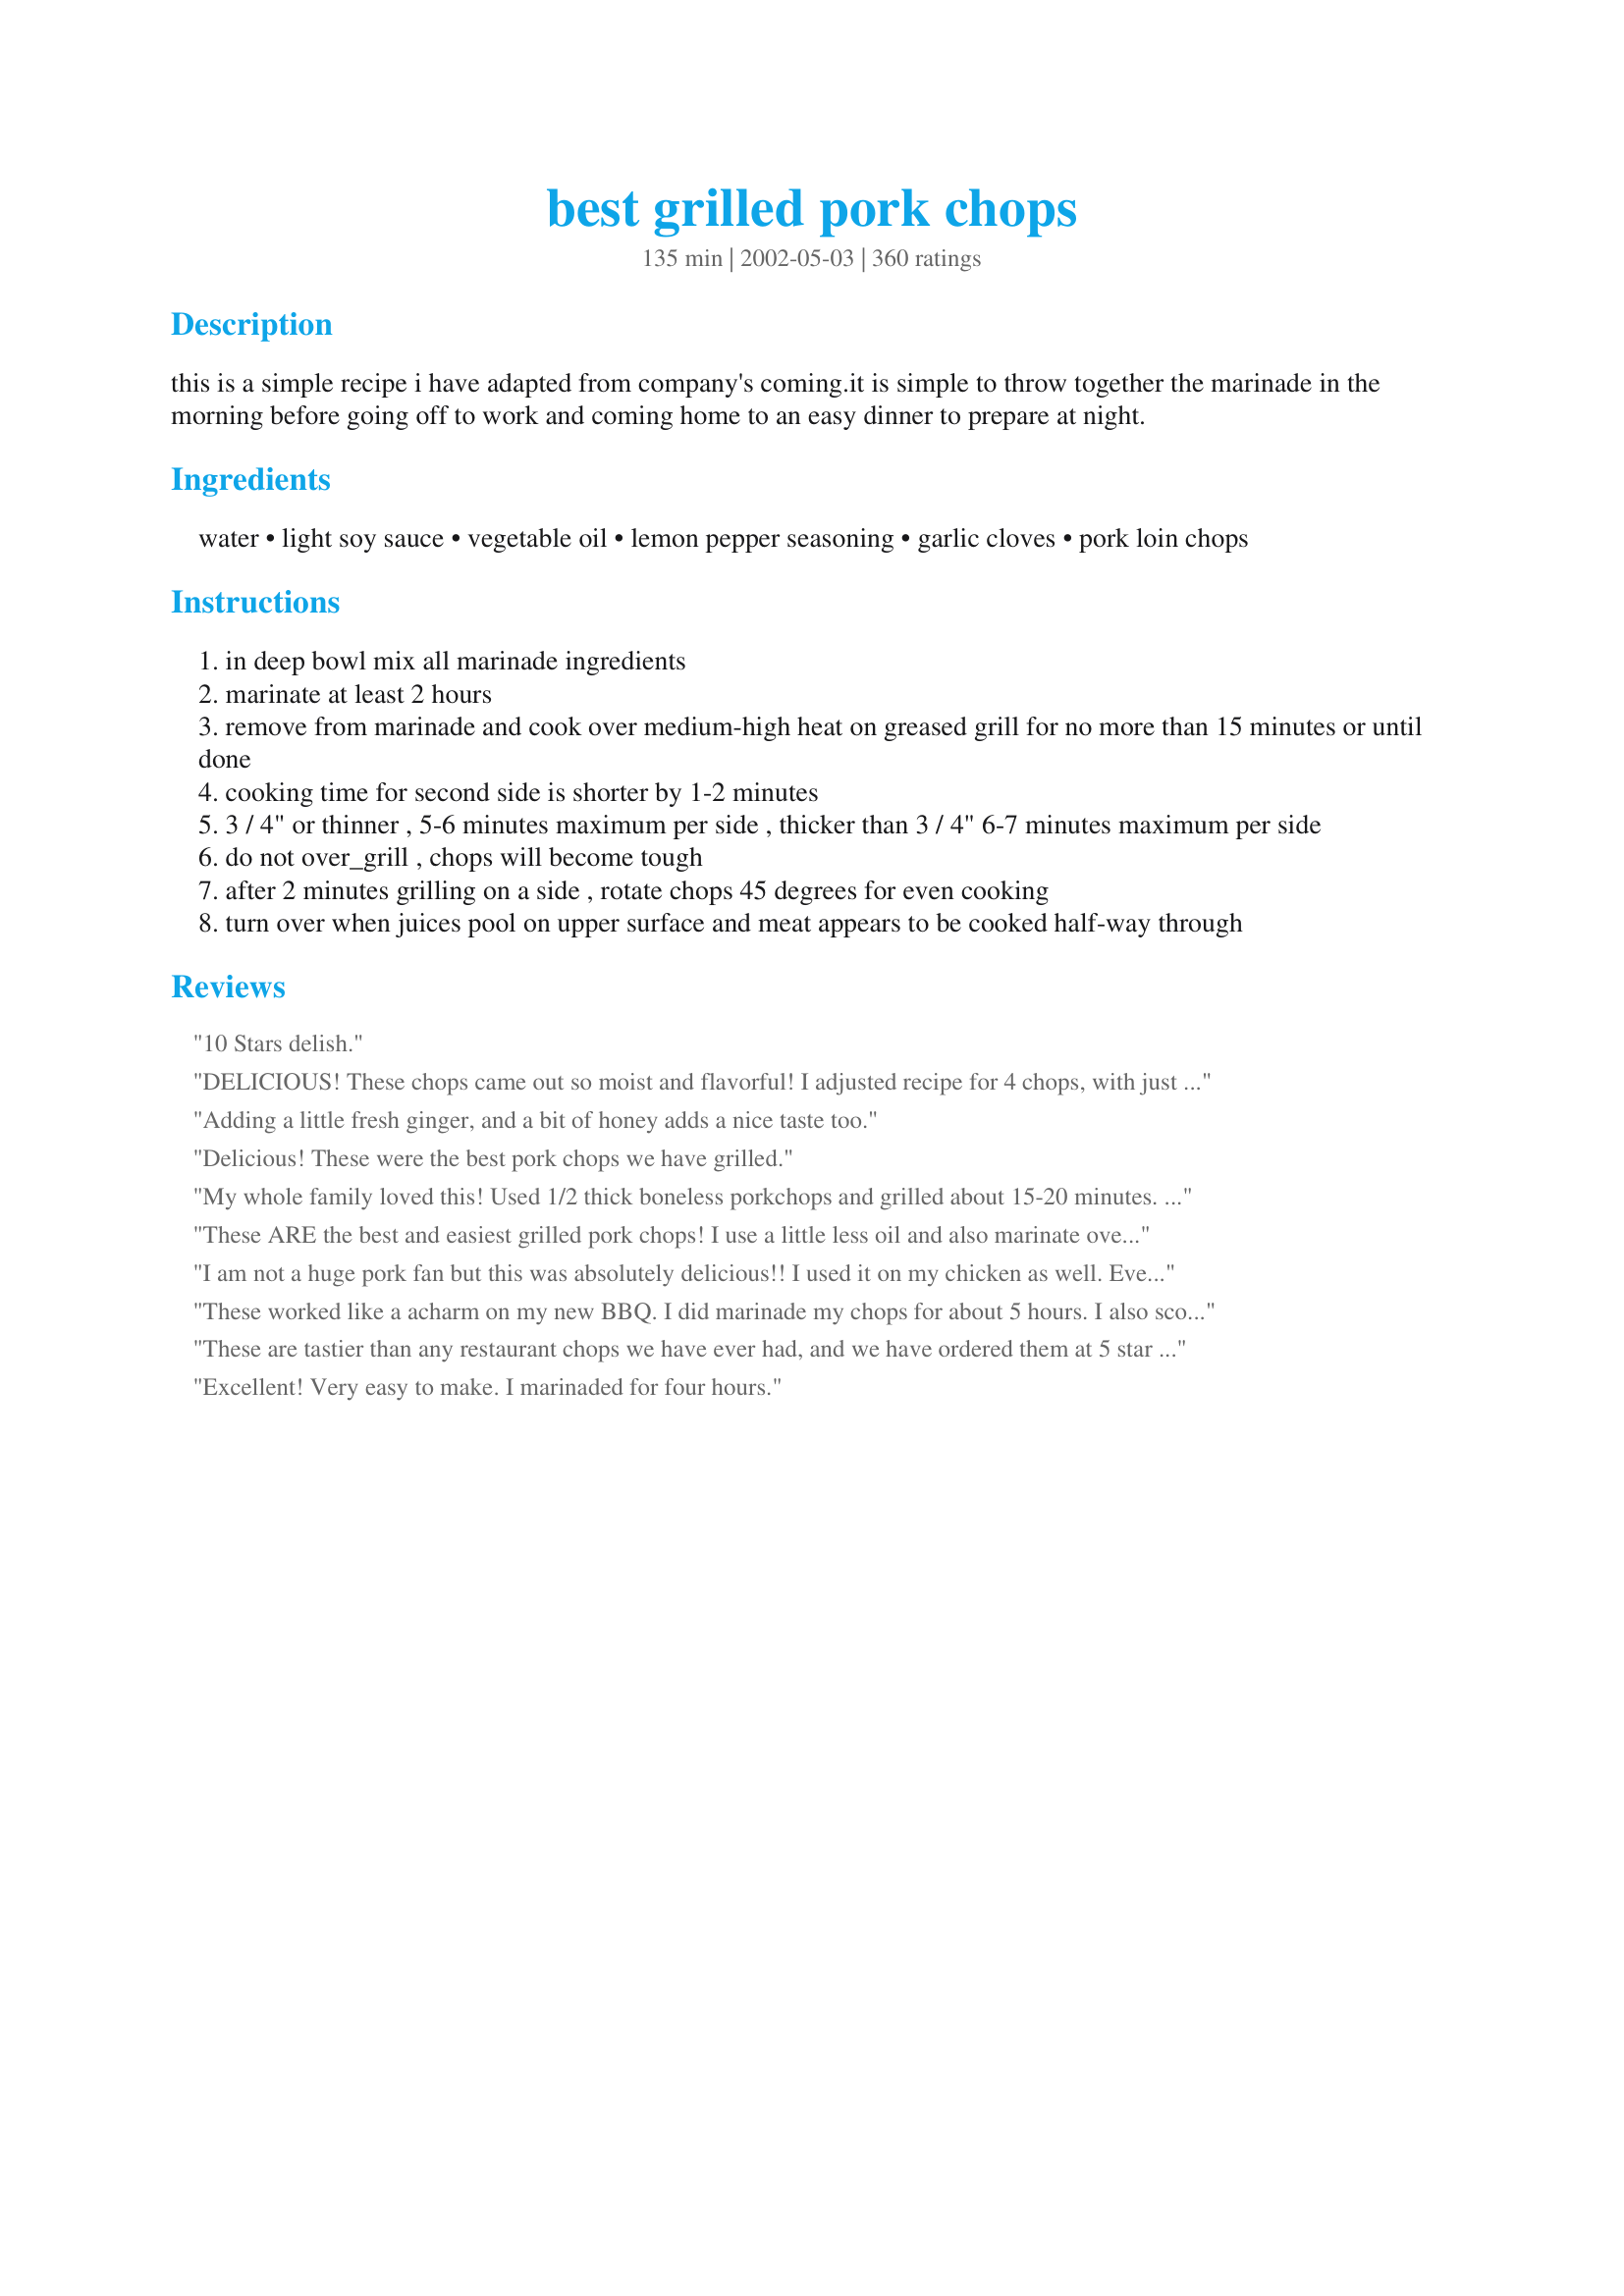
best grilled pork chops
Preparation time: 135 minutes

this is a simple recipe i have adapted from company's coming.it is simple to throw together the marinade in the morning before going off to work and coming home to an easy dinner to prepare at night.

Ingredients:
water, light soy sauce, vegetable oil, lemon pepper seasoning, garlic cloves, pork loin chops

Steps:
in deep bowl mix all marinade ingredients
marinate at least 2 hours
remove from marinade and cook over medium-high heat on greased grill for no more than 15 minutes or until done
cooking time for second side is shorter by 1-2 minutes
3 / 4" or thinner , 5-6 minutes maximum per side , thicker than 3 / 4" 6-7 minutes maximum per side
do not over_grill , chops will become tough
after 2 minutes grilling on a side , rotate chops 45 degrees for even cooking
turn over when juices pool on upper surface and meat appears to be cooked half-way through

Reviews:
10 Stars delish.
DELICIOUS! These chops came out so moist and flavorful! I adjusted recipe for 4 chops, with just 1 Tablespoon of oil and marinated all day. Leftovers were frozen and then made into sandwiches the following weekend and they were great, too! Thank you for a great recipe!!!
Adding a little fresh ginger, and a bit of honey adds a nice taste too.
Delicious! These were the best pork chops we have grilled.
My whole family loved this! Used 1/2 thick boneless porkchops and grilled about 15-20 minutes. My husband compared them to the strip steaks w/marinade we have as a treat and definitely looks forward to having pork chops on the grill again. thanks..
These ARE the best and easiest grilled pork chops! I use a little less oil and also marinate overnight. Thanks Kate.
I am not a huge pork fan but this was absolutely delicious!! I used it on my chicken as well. Everyone loved it. VERY GOOD!! Thank you. Will make again, and again, and again. :)
These worked like a acharm on my new BBQ. I did marinade my chops for about 5 hours. I also scored them before putting them in the marinade. A couple fresh veggies and a glass or two of good red wine and we had ourselves a terrific dinner. Thanks for posting this Kate
These are tastier than any restaurant chops we have ever had, and we have ordered them at 5 star restaurants! They are juicy and flavorful, makes you wonder why we don't eat more pork! Thanks for sharing. I did not have lemon pepper seasoning on hand, so I used pepper and lemon zest.
Excellent! Very easy to make. I marinaded for four hours.
I do not usually like pork chops because they are so dry. These were absolutely marvelous. The marinade on these made them so very moist. I did marinade the chops for about four hours. My teenaged son thought that they were wonderful. That is quite a compliment.
This was a great recipe, I rarely comment but will use this recipe again
Tried this out this weekend and me and a friend of mine loved them so much, we ate all 7 chops! Very easy to make. A glitch in the plan caused me to have to marinate them for about 5 hours, but it turned out great! Thanks for the recipe!
I started making the marinate early in the morning blending every thing together in a pyrex bowl,then added 2 bonless pork chops on top of the mixture. Then flipped them over making sure I had garlic coated on both sides letting them set in the mixture for about 9 hours! <br/> I added a little more lemon pepper than was called for along with the garlic and soy sauce added a little zip to the marinate. Other than the little extra pepper followed the instructions. I wish I had taken pic's like I usually do, but the NCAA games were getting ready to start. So I skipped the photo opt. Anyway they tasted as good as the looked with the grill marks and a little bark on the edges! I'll make this again, just make sure you give the marinate enough time to work with what ever you grilling,the longer the better.
I could see where this would be TOO salty for some. But I used light soy sauce like stated, and SALT FREE mrs. Dash lemon pepper and it was EXCELLENT!

 My upstairs neighbor was asking what I was cooking because it smelled SO good. Im on my second time making this, and it wont be my last! Thanks!
These were good. I made changes based on other reviews. I didn't use any water, cut back a bit on the oil, and only used 1 heaping tablespoon of the lemon/pepper. The flavor was good, but not overpowering. For us, 3 tbls would have been way too much. But we did like the combo of soy, lemon/pepper and garlic. Thanks for any easy, tasty pork chop.
This was the best tasting pork chops I have ever tasted in my life! The lemon pepper was perfect! I used only a tablespoon of oil, but it didn't take away any flavor! This marinade was used for 8 pork chops, and I marinaded them for quite a while actually (we were going to have them for lunch, but then we had them for dinner instead) So, they were in the fridge for about 6 or 7 hours! The pork chops were tender and full of flavor--everyone loved them. They thought it was cool not to need ketchup...We will be having this again-hopefully soon! Thank you for sharing!
I let the pork chops marinate about 8 hours before grilling. WOW, what a wonderful flavor!!! The combination of ingredients were perfect. Thank you so much!

Everyone loved these pork chops!!!!!!
The name says it all...these are the Best Grilled Pork Chops I've ever had! I used the full marinade for 3 boneless (thick cut) pork loin chops. These beauties grilled up so plump and juicy...full of flavor! I used Recipe #1590 . I would highly recommend making your own Lemon Pepper Seasoning Mix as I found the fresh grated lemon to add to the flavor and aroma of this awesome dish! Lastly, I used leftover marinade (boiled to reduce cross contamination) to baste the chops. Wonderful recipe which will be enjoyed many times during this grilling season (and beyond)!
I've never had pork loin chops so tender! We marinated the pork for almost five hours. This was a definite winner!! Thank you. This is one of those recipes that I can't wait to tell my family & friends about.
These are wonderful. I usually marinate center cut pork chops overnite. Everyone I have made them for loves them.
These were absolutely great. Simple and delicious. I'm sure we'll have them again and again.
These porkchops were the star of our labor day barbeque. It even outshined the ribeye steaks that my husband is know for. Thanks for sharing!!
This was fantastic, and so easy! Had all the ingredients in my kitchen. 13 year old had seconds she loved them so much!
Delish! Mine were a little too salty, but I don't know why. They were moist, flavorful and done perfectly otherwise! I used garlic powder because that's what I have. Great recipe!
Wonderful pork. I marinated for 6 hrs. and then cooked as directed. Turned out great and served with vegetable kabobs and grilled packet potatoes. DH loved this meal.
I used low sodium soy sauce, and fresh lemon and fresh ground black pepper in place of the lemon pepper. Very good!
Amazing! DH asks for them at least once a week!
Marinated for just 3 hours, and they were delicious! Quick and easy to put together for a busy night!
My family really enjoyed these pork chops. We served them with Creamy Loaded Mashed Potatoes (recipe #403764) and grilled asparagus. They were very simple to prepare. Thanks!
Hey Kate, I tried these today and they turned out wonderfully. Lovely flavour. Thanks for yet another great recipe.
Its getting extremely warm where i live and my partner and i wanted to find a good recipe for grilling pork chops to minimize the heat comming out of our kitchen. However we didnt find a good recipe...we found a GREAT recipe!!!!!!!! The marinade was soooo easy and even more delicious! We made them last night for dinner and had some unexpected freinds over and they were such a hit!!! We are using the marinade for bbq chicken breast tonight because it was that good! The only i did different was substitute olive oil for vegetable oil.
WOW!!! These are so GOOD. I cooked these on my griddle and they came out soooo moist. Next time I will only use 2 TBS of lemon pepper seasoning instead of 3. We're eating the leftovers tonight in a salad. Thank you for posting this is so easy and so delicious! I will be making these over and over again. :D
the combination of the lemon-pepper seasoning and the soy sauce was a little salty (but did not dry out the meat - it was delicious) so, i whisked together 1/3 cup applesauce and 1/4 cup apricot preserves and was the perfect sweet & savory pork! i will keep it the same and make the sauce again!
I prepeared a COSTCO package of chops on a Sunday and we cooked these all through the week. We found the longer the chops marinated, the better flavor the meat had. We aso tried baking it too- chops came out too soggy. Grilling is def the way to go.
These are GREAT pork chops -- the only way I make them now! I&#039;ve been using this recipe for a few years now and have gotten many compliments. Thanks! Oh, it&#039;s also a great marinade for chicken breasts.
Excellent. Marinated about 4 hours and the chops were very tasty. Nice and easy to do too. Thanks!
This is a great marinade for pork chops.Made everything as stated.
Thanks for the recipe
When I told my husband we&#039;re having pork chops he said I don&#039;t really care for pork chops. He ate this recipe &amp; really liked it. I marinated for 4 hours &amp; it had a really good flavor. He even asked to have it again a month later &amp; he rarely requests anything specific.
100 STARS! Man these were awesome - so moist and so flavorful. I had only 2 tbsp of lemon pepper so also used 1 tbsp lemon & herb seasoning. Also used 4 cloves garlic and had 8 chops with bone. Due to work hour conflicts, they ended up marinading for 5 hours. THE BEST EVER IN MY LIFE!!!
These were great! First time I've made porkchops that were good. I let mine marinate overnight...came out perfect. Thanks for the recipe!!
Loved this marinade....we had a lot of rain the night we were going to make this so we ended up broiling....awesome!
This is my &quot;go to&quot; recipe when I dont know what to make. Wife loves it.
I have cooked these delicious, juicy pork chops about four times. I have lightened up the calories by using 2 tbsp vegetable oil, and 1/2 the soy sauce (less salty), and 1 tbsp lemon pepper and added an extra clove of garlic. This has become my favorite way to cook chops. Thanks for sharing!
Here's another 5 star review. Because you don't have enough of them yet. ;-) It's simple and delicious. I cut back on the oil quite a bit and upped the garlic. I loved the hint of lemon from the lemon pepper. I only used 2 tbsp of the lemon pepper, and that was plenty for us. Thanks for a grill season standard!
This was great! I didn't have any garlic cloves, so I used a tablespoon of garlic powder instead. After marinating for about 3 hours, my husband grilled the pork chops on the gas grill. Mmmmm! Yummy! Will use this again.
Best pork chops I've ever had! I made the marinade just as the recipe detailed and they came out juicy and yummy. For once I was looking forward to leftovers and hubby was disappointed that I got the one leftover chop before he did :). As one reviewer mentioned, my kids didn't even ask for ketchup which is unheard of with my kids! My oldest son wants me to make them again and again and said the edges were the best because of the way they tasted with the marinade grilled into them.
I must have done something wrong, but I checked my steps and each of the spices used and this recipe is the saltiest thing I have ever had. I started reading the bottles closer and Soy Sauce is always salty but I found the #1 ingredient in the &quot;Lemon Pepper Seasoning&quot; was also salt. So for those reasons I had to &quot;Chop&quot; this recipe.
fabulous! I had never grilled pork chops before and was very wary. This was not only really delicious it was sooooo easy. I'm making it again tonight
Wow! I tripled this recipe for Mother's Day (had 10 family members over). Based on reviews, I reduced the amount of lemon pepper seasoning and oil slightly. Otherwise, that was it...and the boneless pork chops came out tender, moist and delicious. Lots of compliments. Thanks for saving the day!
We love this recipe! I use it often, or at least whenever I grill my chops. The flavor is great and they come out nice and juicy :)
Great recipe. I double the light soy sauce and marinate it overnight. Man oh man it is delicious!
This was nommy! Marinated for about 3 hours, followed earlier review by cutting down the amount of oil (we don't eat a lot of oil) and I *really* wanted another one when I was done eating. Unfortunately, they were all gone... =o(
Made these the other night. Followed the recipe exactly. Used Perfect Pinch Lemon Pepper Seasoning. The title is correct. Best Grilled Pork Chops I've ever had. We did it with thick boneless chops, so the cook time was a little longer...<br/><br/>Loved this. A lot. Seriously.
These really were the best pork chops I have eaten !! I have also made this with pork fillet which was equally wonderful. I loved the marinade so much that I didn't want to discard it so what I did was I sauted a sliced onion & some sliced mushrooms for a few minutes, poured over the remaining marinade, boiled for a few more minutes and server it as an additional sauce . OUTSTANDING !!
awesome!! it was a big hit. Love this recipe. I will make it many more times.
my husband loved them!! I made them today!
the best! Only way to describe this recipe! I only marinated for 30 minutes as I was cooking the chops on the same night. they were was moist, not dry...the lemon pepper taste was not overwhelming! the soy sauce was not tooo salty, it was just right!! I will make this recipe again!
We really enjoyed this one! I was out of lemon pepper, so I used lemon juice mixed with seasoned pepper. Marinaded the chops overnight. The flavor was awesome! I'm going to try it with pork tenderloin, and marinate for 48 hrs. Thanks!!
I'll add my kudos to the nearly 200 others! This is a great marinade. Followed it to a "T" and it was juicy, moist and very flavorful--I would have never thought to use the lemon-pepper onpork! Go figure! thanks for posting.
OMG!...This is the best recipe...Very easy...We have always had a problem with dry pork chops...not anymore....my husband said it was the best pork chops he has ever had (at home)....try this recipe you won't be disappointed!
This marinade was delicious! I used thin, bone-in loin chops and they cooked in less than 10 minutes.
We grilled these for dinner tonight and they were absolutely delicious!
These were absolutly delicious. I follow the recipe exactly except I marinated them for about 6 hours prior to grilling. Everyone thought they were outstanding. Thanks so much for the recipe. This is a keeper.
Great marinade. I reduced the oil.Will marinade over night next time. Will be using this recipe again. Thanks Kate.
The pork chops were nice and tender. I marinated them for about 8 hours before grilling them. I did not care for the lemon pepper as part of the marinate though. It was overpowering and It just didn&#039;t taste right with the pork. It might be nice with chicken or fish, but it made the pork taste odd. I will use the base marinate again, but will replace the lemon pepper with something else. I ended up slicing up the pork chops and using them in a rice dish to try and salvage them. It was hard to try and hide the lemon pepper seasoning though.
These truely are the best grilled pork chops. I was a little concerned about the amount of lemon pepper but the marinade was perfect. I marinated the pork overnight and they turned out really moist.
I let it marinate overnight. The taste was good, but the soy sauce overpowered everything else. Perhaps I let them marinate for too long. I will probably try this recipe again, though.

Great recipe!!! Thank you.
Soy sauce was way to over powering.
My mom wanted me to cook something over her house, so I pulled up this recipe and knew by the reviews it would win their hearts, and I would look like a good cook, so I made them up in the morning and brought them over to grill for dinner. My mom was so surprised at the flavor and tenderness of the chops from the grill, and my dad just smiled and said I can make them for him anytime! Now that's a compliment!
best pork chops! the fam loves &#039;em!
These were so good. I was curious about the lemon pepper seasoning, it's not something I use often, but the flavor was so perfect for the grill. I will use this recipe again.
Don't understand all the excitement. Sorry but I say average at best.
Very good, easy marinade. I let five chops sit in this marinade for less than an hour and they still turned out very flavorful.
LOVE IT! I was tired of the same old pork marinades so I tried this because I had all of the indredients on hand. Hubby and son loved it. I have also tried it on a pork tenderloin. Excellent!
BEST EVER! We are a family in Hawaii and are used to grilling a lot. This recipe seemed a little different at first, but we tried it. WHOA! IT WAS ONO! We stayed true to the recipe and didn't change a thing! It went great with grilled veggies from our garden (squash, peppers, onions).<br/><br/>I must pass this recipe amongst grill aficionados around Hawaii! Thank you!
I make this often and it is always a hit. Thanks for sharing!
A good friend surprised me with a week long visit for my birthday. We had no food in the house other than a value pack of pork chops and some baking spuds. Dinner was a HIT! Thanks!
The best pork chops ever!! I was looking for a recipe similar to Texas Road House. These are far better!
This really is one of the best marinades I've ever used for pork chops. I only marinated for about an hour and I cooked them on a stove top grill. Yummy!!
After reading all the reviews, I was excited to use this recipe. I followed exact directions. The only difference was we had 8 pork chops versus 6 in the recipe. The problem is that 3 Tablespoons of lemon pepper seasoning is way way to much. Is this a typo where you mean teaspoon?
Awesome recipe! I followed your recipe exactly. My husband who is VERY pickly raved. Thanks a lot.
I knew this would be a winner when my b/f came in from grilling them and said they smelled fantastic. You can't taste any individual ingredient; altogether they tasted a little like steak. Ours were a little salty. I did use light soy sauce so maybe I will reduce it next time. I also used cut and pounded pork tenderloin instead of loin so that may have made a difference. Next time I will try whisking the marinade more and maybe adding the vegetable oil slowly so it doesn't separate in the marinade bowl.
I absolutely loved this marinade! I am not big on pork chops but you can only eat chicken so many times. The pork chops were very moist and full of flavor. I will use it again and again!
Hooray! I have now foud the BEST chop marinade. We loved this recipe. I used Penzey's Florida seasoning, only using just shy of 2 tablespoons, and let them marinate for about 8 hours. They came out perfect. Thanks for sharing your yummy recipe.
Really good - loads of flavour!
Great flavor. I'm not a fan of pork chops...or lemon/pepper seasoning....or soy sauce but these were so great. You can't really taste any one seasoning by itself. It's just a nice blend of it all. My DH overcooked mine a bit since I had the thinner chop but I stole some of his which was just perfect. We used boneless chops. Thanks for a great recipe.
Excellent! I followed the recipe exactly and marinated 5 boneless thick chops for about 5 hours. Everyone agreed they were moist and full of flavor. Will definately make these again.
Yum!!! What a great marinade! We marinated our chops for about 2 1/2 hours and I think that was the MINIMUM you would want - more flavor would have been even better!
Very simple and easy recipe. Turned out moist and flavorful. Thanks for posting!
These were awesome, my husband agrees, he normally finds pork chops dry. They were so moisst and cooked to perfection. I marinated about 6 hours in total. I will definately be making these again and again....Thank you for a keeper recipe
These were very good. The whole family enjoyed and we even warmed the leftovers up in the microwave the next day and they were just as good. Good and easy...I like easy. Put in marinade in the morning and grilled at night. Served with a simple salad and rice. Brought to room temp before throwing on the grill. Also did not use bone in chops but nice thick cut chops from Sam's club.
With so many great reviews, I hate to be the one to give it a bad one. But out of my family of six, nobody liked it. One thought it was too salty, one thought it was too peppery, others just didn't like it. Guess this combination just wasn't right for us. Wanted to try something new, because I always just marinade in Dales and A1.
Very easy to prepare. Only marinaded 2 hours and the chops were very tasty.. It's a keeper to make again.
My husband said these were the best pork chops that he ever had!!!Great flavor!!!!
I had high expectations after reading all of the reviews, and we weren't let down. This is a fantastic and easy marinade, which we followed to the T.
Used this recipe over and over. I even had to leave them marinating over night, I was worried they may break down. Not at all. Ideally I will marinate them 4-6 hours. Even took the marinade camping and what a hit, gourmet on the grill.
This was really good! I added worcestershire sauce to the marinade and used less oil
Eliminated the water, added 6 cloves minced garlic marinaded 9 hours prior to grilling. Excellent recipe.
SOOOOOOOOOOOOO GOOOOOD!!!! Made these for my the family and my husband isn't huge a lot of meats. BIG hit tonight :D
great recipe! This was my first marinade for pork chops and everyone loved it.
So simple, yet so good. I didn&#039;t change a thing. The ingredients and measurements were perfect.
Can't believe I've never reviewed this recipe before! I've used it many many many times; its become my go-to pork chop recipe! I've grilled them outside, inside, stove top too, after using this marinade and they always turn out great. It's also a very forgiving recipe for people like me that don't like to measure precisely, but rather just dump in the ziploc. THANKS!
Really good. I used my grill pan on the stovetop and they turned out nicely. I did add a bit of lemon pepper salt while turning them just for some added flavor. So quick and easy for this busy nursing school mom of four!
Amazing!!!! Super easy and tastes great...
Didn&#039;t make any changes to the original ingredients. Thanks, Kate, for posting this recipe. This marinade is so easy to make and delicious!
This was definitely a KEEPER! I don&#039;t like pork chops, but my family raved about the sauce! I actually put some of the sauce on the hamburger I made for myself in lieu of ketchup and that made my hamburger taste phenomal! Wonderful!
The pork chops were fabulous as was the flavor. I used Roasted Garlic & Pepper seasoning rather than the Lemon Pepper seasoning as the hubby doesn't care for lemon pepper. I added more garlic as we love it. Also, I marinated the chops for about 4 hours which really let the flavor come through. Thank you Kate for sharing. Katherine
Sooooo delicious! The photos speak a thousand words. Definitely a must-try if you enjoy outdoor grilling.
I CANNOT believe that this recipe got so many good reviews. Tried it tonight, 4 people, all 4 (including myself) thought that the lemom pepper seasoning over powdered the taste of the pork. One tablesoon would have been plently.<br/><br/>Pretty sure I won't be making these again. Sorry!
This were so delicious! Everyone loved them.
Having tried grilling pork chops before and always having them turn out rather dry I tried this recipe thinking if this didn&#039;t work, no more pork chops on the grill for me! These are fabulous! I marinated them all day in a ziploc bag, just turning the bag, no muss, no fuss! The pork chops took very little time to grill, 5 minutes then turn 45 degrees, turned them over after a total of 7 minutes, grilled them 3 minutes on the other side....PERFECT!!
My go to recipe for pork chops !!!!!! Quick easy and delicious...I usually marinate for 3-4 hrs, but when pressed for time 30 min is fine. Great recipe THANKS
The chops turned out sooo tender. Thanks for the timing tips. I didn't have light soy sauce so I used half each of regular soy & half low sodium. Used McCormick's lemon & pepper seasoning but only 2 1/2 tablespons cuz I ran out of it. For some reason this tasted too salty for me...and I love salt. Also had to double the ingredients to smother the chops. I will try this again using light soy sauce.
This marinade is awesome! I kept them in the frig for about 8 hours before grilling. I also had 4 extra which I gave to my brother two days later and he loved them!

Update - we have been using this marinade for quite some time for chops. Yesterday we marinated a pork loin and grilled it on our rotisserie - outstanding!!! The pork was so tender and juicy - even better than the chops.
Im giving 5 stars for two things: 1, the chops were great, nice and tender, but as in Grayberts review, the flavor could have been a little stronger. and 2, the INSTRUCTIONS on cooking the chops was so detailed, i doubt i could have messed them up. this is the technique i now use for all my grilled chops, and they all come out perfeclty! thanks!
Throwing my rating into the ring, however, it obviously doesn't need it! EXCELLENT grilled pork! I loved the flavor and even the marinade smelled amazing before cooking. I found it a bit too salty for my tastes (but I'm not a huge fan of salty anything). My husband is a salt fiend and found it to be the perfect amount of salt. I will probably cut the lemon pepper next time to see if that cuts the saltiness. I used low sodium soy sauce and increased the garlic to 4 cloves. I had a lot of marinade left over. May reduce the oil next time as well. My husband gave this 5 and I gave it 4.5 so 5 stars it is!! Great recipe! This says a lot since my husband just barely tolerates pork but loved this!! I may take another reviewers suggestion and add honey next time too. I bet that would be delicious as well. Thank you!
Not that this needed any more great reviews but, yes!, we really enjoyed these and will be making them again. The marinade was simple to do and very tasty. The grilling instructions and times were spot-on. Thanks.
Easy and tasty. Next time, I'll marinade overnight. Two hours just gave a hint of flavor.
Easy, economical and moist chops! yum!
What an easy simple yet delicious recipe. The meat was so tender and flavorful. I marinated for just over 2 hours. We loved it.!
I was happy that this recipe called for the light soy sauce. We loved these chops!
These were delicious! I used Mrs. Dash Lemon Pepper which gave the marinade a wonderful flavor without added salt. I marinated the chops in a ziplock bag for about 8 hours before grilling. Thank you for the great recipe!
I'm another convert...this was awesome! Since grilling season started we've eaten a lot of chicken and beef, and I wanted something different. I don't normally like grilled pork chops because they are often tough and dry. With so many reviews saying these were moist and tender I figured all of you must be right, and boy were you! The other nice thing is this is a marinade you can make substitutions to and it still tastes great. I only had regular soy sauce and thought I had lemon pepper seasoning, but it was garlic pepper, so I added a squeeze of lime juice. I also only had garlic powder and 1 hour to marinate. None of this seemed to matter...even picky BF kept raving about the taste and he was very skeptical when he saw me making it. Also, the cooking times for different thicknesses are a real help. My bone-in loin chops we're about 3/4 to 1&quot; and 6 minutes per side made them perfectly moist and tender. Iserved them with rice-a-roni and fried corn. Can't wait to get the right ingredients, because I do have to try it as written!
EASY. That's the way I would describe these chops. Being 7 months pregnant and having a toddler running around, that's the most important thing to me right now! lol These turned out really great and even I like them, which is saying alot since I'm not a bit pork chop fan. We ended up marinating them overnight, but even then, the marinade didn't overpower the meat, which is what I was afraid of. Will definately make this one again! Thanks!
BEST recipe for pork chop I&#039;ve ever seen. I have tried some many pork chop recipes from other websites and none of them are as good as this one. The pork is soooo juicy. This is a keeper.
Was expecting a little more. They were good but not the "best."
I hope I don't defend anyone, but my opinion is totally opposite. It may be my own fault, but I found them very very salty. I did marinade for 2-2.5 hrs, but I didn't have any &quot;light&quot; soy sauce; just regular. Maybe that is the problem? I didn't think it would make a whole lot of difference but maybe it does. I also grilled them on the barbecue. We couldn't eat them they were that salty! In the garbage and off to the drive thru at McDonalds.
So easy and so good!
I bought some beautiful thick pork chops today and thought that I would try this marinade. I did reduce the lemon pepper seasoning to 1 1/2 tbsp and the garlic to just 1 clove as my kids don't like things with too much spice.These chops were so juicy, tender and delicious! We absolutely loved this recipe so thanks for sharing!
I've made this recipe twice now and just realized I neglected to rate it...This definitely gets 5 stars because it is easy, economical, fast, uses common ingredients and is delicious. I followed the recipe exactly each time and marinated my 1" bone-in chops about 3 hours. My DH and 3 teen-aged boys just rave about it each time. This recipe does create a very moist and flavorful pork chop. My chops were about 1" inch thick. I have a Webber gas grill and I set it on High-Low-High first: when it is hottest at this temp I sear the chops for 3 minutes, after which I reduce the heat to Medium-Off-Medium and turn the meat to continue to cook for another 15 minutes or so. (I usually cut into a chop to make sure it is no longer pink). This recipe is a keeper...thanks so much for posting it!
AMAZING!!! I really don't leave comments but this is just one that I CAN NOT pass by!!! this is def. a keeper!!! I did how ever change it a little cause I didn't have garlic or soy sauce... so I used Garlic powder and teriyaki sauce and it was SOOOO GOOD!! thanks once again!! =)
These were incredible! My husband said that they were restaurant quality. I used Mrs. Dash lemon pepper and the amount was perfect and tasty. I would not change a single thing in this recipe. EASY..just mix the marinade ingredients into a large ziplock bag, put the pork chops in and leave it in the fridge until it's time to grill. I marinated them in the morning before going to work. When I got home, all I had to do was fire up the grill and make a salad..voila!! *Note - I had bought a pork loin and had the butcher slice into 1 inch chops. I would highly recommend doing this, as the outcome was succulent!*
Outstanding..you really should try this recipe!
WOW! I put frozen chops and marinade in a zipper bag the night before, let them sit in the fridge for a day. The flavor was fabulous, and this recipe couldn't be easier. I'll be making this again! Thanks for sharing it.
As we sat down to eat, I said to my husband, what ya think? He took a bite and tilted his head and said WOW!!! I think that say's it all. Thanks for posting, YUM!!!
The pork chops were really moist and had such great flavor. Even though the pork chops had lots of lemon pepper, my kids didn't comment on it and really devoured theirs. Highly recommend these!
Excellent flavour. Will definitely make this again.
We made these this past weekend and they were fabulous! We aren't huge pork lovers because they always turn out so dry and boring but these were just terrific! Thanks!
Delicious and simple.
I marinated these chops for about 5 hours and they turned out great. This was one of those recipes that I had all the stuff for to make a quick and great marinade. The family really enjoyed these. Thank you!!
Did not even deviate from the recipe at all. Delicious! My wife who does not eat much had 2 pieces! Great job!
Great marinade! I grilled my 1 cm thick pork chops for 6 minutes total brushing the liquid left from marinating on both sides. I used low sodium soy sauce to get the most flavour without over salting the pork chops. Thanks for the recipe.
Chops were really juicey and moist. Marinade was very tasty, but could over power if left in too long. I marinated 2.5 hours and would probably not go longer.
I liked the marinade -- good flavor, even with only a two hour marinade time.

I'm just not a "grilled pork chop" person -- the meat was too tough for my liking. I think pork either needs to be cooked "low and slow" like ribs, or seared and finished in the oven like tenderloin.
(Just my bias and no fault of Kate who put together the marinade!)
Used Ms. Dash Lemon Pepper seasoning and thought the pepper flavor was very overwhelming (I typically like the taste of pepper in my food). May try this recipe again sometime with another brand of seasoning.
I realllly enjoyed these chops. Although, I did not marinate them for two hours, they still turned out delicious. Thanks for the recipe.
To quote my beautiful wife, the best pork chops we&#039;ve ever had! Thank you for the recipe, they were fantastic.
I normally like soy sauce and I love lemons, but didn't care for the combination with the pork chops. However, they were very tender.
I am not sure if it is my lemon pepper or what, but I have made these twice and both times there was zero balance of flavor. Not sure how they get such high reviews, all I could taste was lemon pepper.
Loved these tender delicious chops! I added a little more garlic to mine and cut back on the oil. I also used the marinade to baste on the chops to keep moist while grilling. Worked out great! I marinated for about 8 hours to give the marinade the chance to really do it's thing. Made for delicious tender chops in the process!
Sorry to be the bad apple...but this was not what I was expecting. I prefer strong flavors and this was rather mild. I marinated for 8 hours. I used the thick pork chops from Costco...maybe that was the mistake because it was just too much meat and the flavor did not get all the way through it. The marinade was good though because there was a few small sections on the outside of the chops that had thin meat and that was great. I will try again with thinner pork chops.
Very easy and Very Flavorful! Best for grilled pork chops ever!
Excellent and easy! This tasted a lot more complicated than it was. I marinated it for about 3 hours. I cooked the 1st side for 6 minutes and the other side for 5 minutes and they were done to perfection. I had about 1 inch thick chops that I pounded with my tenderizer to about 3/4' inch. Thanks for posting Kate!
These were great grilled pork chops. They were incredibly moist and delicious tasting. Most important was, my whole family enjoyed them! Very easy to throw together. I marinated mine for about 6 hours and did add a bit more garlic.
Fantastic! I loved it! So easy, and so so so good.

Thanks for sharing!
These were very good. I decided to also use fresh lemon juice, rather than the lemon pepper seasoning, but added pepper. I then totally forgot I had these marinating, and after 2 days, they were dark brown. I bought 2 more chops and put those on the bottom of my container with the overmarinated chops on top. Actually, the ones that had been in there days were delicious!!! 

Thanks, Kate, for a really quick and easy, not to mention wonderful, new recipe.
Just made these, they came out awesome perfect. Lol. That is a great marinade, I used regular soy sauce, didn&#039;t have any light soy sauce, and I used 3 tsp. of garlic powder instead of minced. Didn&#039;t have any garlic around, and in typical guy fashion didn&#039;t wanna go to the store again. Lol. Came out great, roomates loved it, demanding a pork chop night every week now.
awesome flavor and very moist.
I followed the directions as stated. While these did come out moist and flavorful, I had to rinse off the marinade...it was WAYYYYY to salty. I will definitely try these again and work on the flavors a little.
Best pork chops ever...LOVED THEM!
One of my favorite meats to bbq is bone-in pork chops. Loved the lemon pepper it turned a good pork chop into a great one! A simple recipe which will be made often. Thanks!
Awesome! The best chops ever! Thank you for sharing the recipe with the rest!
I followed the recipe exactally and it turned out great! I made the marinade when i got back from grocery shopping, and just poured the marinade over the porkchops in a food saver bag, and put it in the freezer. couldn't have been easier!
thanks for posting!
From boring pork chop to, yay!, a new grilled pork favorite. Easy and always on hand ingredients made these chops moist and juicy!
Fantastic and easy recipe. I marinaded them over night and they were delicious.
Success at last! I have been looking for a grilling recipe that did not dry out the chops. Easy and yummy! I am very impressed. Thanks so much.
I rarely cook pork chops - they always come out dry and tasteless. This recipe, though, changes all of that. Absolutely delicious!
I loved the idea of using lemon pepper for seasoning and thought it suited the pork well, although I would perhaps use a little less of it next time. I marinated my pork chops for 9 hours and found them extremely salty, although I had used low-sodium soy sauce. I would definitely not marinate the pork chops as long next time and I would probably cut down a bit on the soy sauce.
QE456Q
This is my favorite pork chop recipe! It's great with the Roasted Red Potato Wedges
Recipe #85350 and Mediterranean Orzo Salad With Feta Vinaigrette
Recipe #125815. This is the best meal. I've never had anything but compliments on any of these recipes.
I too was concerned about the 3T. lemon pepper as DH doesn't like tons of lemon flavor. I need not have worried - the flavors are perfect with none overpowering the other. Just subtle, wonderful grilled goodness. Our favorite way to have pork chops now!
I made this using two very large pork steaks(1 1/2 lbs) and followed directions exactly as stated. Its was way too peppery for us, we were not able to eat it, due to the overpowering pepper flavor. I think if I cut back to maybe one tablespoon or less of the lemon pepper, this would be a tasty recipe. Thanks for posting this recipe that I will try again but with changes.
These were very good! I marinated them for about 3 hours or so (next time I will do more). I was planning on grilling them, but a huge thunderstorm came through unexpectedly. I ended up baking them at 400 degrees, up on a rack placed on a baking sheet for about 40 minutes (which was just a tad bit too long). They were still fantastic and I can't wait to grill them next time! Thanks.
This recipe makes very tender chops. The flavor is very mild. What a difference to ordinary pork chops, for once you can get a knife through even the thin ones! Thank you, I'll definately make this again!
I can well understand why this recipe has so many wonderful reviews. The recipe was reduced to 2 servings and the chops were in the marinade all day. They were tender, flavored and nicely seasoned. The lemon pepper was reduced considerably. This is a recipe I will make again.
Worst recipe ever. Completely destroyed my chops. Try 3 teaspoons of lemon pepper or less! Listed as 3 tablespoons, wow what a mistake!
Okay...SO good!
Like this needs another review, right? I have missed the way pork chops used to taste- today's chops seem to lack a lot of flavor of the past. But this marinade brought 'em back! It was so simple, too. I added extra garlic and let the chops marinate around 6 hrs. Threw them on the grill and that was it. They were mouth watering. Thanks for this recipe!
This was a very tasty recipe, although not a good choice to make if watching salt intake. I'm a salt lover, and this was almost too salty for me.
This is now my only marinade for chops! Simple and great! Juicy, tender chops. I got the boneless center cut chops from Sams! They were absolutley delicious after only two hours! I can only imagine when I have more time to marinade! Thanks!!
I used this for chops the first time and it was such a good marinade, we used it for a pork loin. It was great too!
I don&#039;t usually like pork chops because they are not tender or moist, but these changed my mind. I loved the marinade.
These chops were AMAZING. Followed the recipe to a "T". Thanks for sharing.
Even though I didn't have a grill I cooked these over stove top and they still came out great. I added 2 more cloves of garlic ( Family pref. )and I must say YUMMY YUMMY YUMMY! I cannot wait to try on chicken or better yet poss. lamb.
I don't know if I'd say this is my favorite pork chop marinade but these were great, very flavorful, everyone liked them so I will definitely make again. Thanks! :)
The family really liked it. Mine were salty because my lemon-pepper seasoning had salt as an ingredient too so caution: check. I smothered my chop in applesauce and the sweet - salty combo was nice. My son said "these asre Asian style" so he noted the soy! I marinated overnight and grilled on a grill pan since it is winter now. Thanks.
This is wonderful. My family ate all of it. I marinated my chops overnight.
Wow! This was the best marinade I have tasted. Could it be used for just about any meat? I had to make a lot of substitutes because, like usual, I'm out of everything. I used olive oil, salt free seasoning and the juice from a fresh lemon. It really made the pork chop taste like a steak! I'll be sharing this recipe with everyone!
Found this recipe when I looking around at pork chop variations. So glad I tried it. Started marinating at 1PM and had them cooking around 7PM. So tender. Nice to find something better than just breaded and baked. Thanks for this one Kate!!
Awesome and easy marinade. I've made this a couple of times for company and even the picky eaters gobbled it up.
Excellent! Thanks for sharing!
The marinade was delicious! I think next time I will marinade for longer than 2 hours though. GREAT marinade, thanks!
These were great!! I marinated the pork chops for 6 hours -- I used regular soy sauce but will use the light next time. I also used Mrs. Dash's Lemon Pepper -- there are more seasonings!! The pork chops were very moist & flavorful!!
I can't believe it's taken me this long to try this recipe! It's fabulous! The flavors are subtle. I marinated my 1/2" pork chops for 4 hours. Since I was out of lemon pepper, I used 3 Tbl. lemon juice and a healthy dose of fresh cracked pepper. I'm going to try this marinade on country ribs next. Thank you for posting.
This makes the best grilled chops we have tasted. It will become my standard recipe. I also added more garlic.Thanks very much for sharing, Kate.
WOW! I can see why this is rated so highly! I had some porkchops to use up and we wanted to grill them but I didn't have a recipe so I did a quick search and came up with this one -- soo yummy! Next time we are going to try stuffing them with Gouda cheese. Thanks for sharing!
Let me tell you why I gave it 5 Stars. I've been searching for a great pork chop recipe for years. So many of the moist chops have soup added. I've outgrown 'soup' based dinners years ago. I saw this recipe with a lot of reviews and a lot of stars, checked the ingredients and I had every single one on hand!! (when does *that* ever happen!?!)<br/>Anyway..I start gathering the ingredients and found I didnt have any Light Soy, so I opted to substitute with Low Sodium Soy, I only had one Tablespoon of Lemon Pepper, so I used what I had and added a nice healthy squeeze of a real lemon juice and a bit of cracked pepper and then a pinch of thyme....the plot thickens, as I was also out of garlic (cant tell you how ironic that is for this house! LOL)...so I substituted with garlic powder. And THATS why this recipe gets 5 stars...it was STILL delicious!! It was sooo forgiving of my substitutions, that I KNOW when I make this next time [following the recipe] its going to be wildly awesome. Thanks for posting, Katie! this is a keeper.
Delicious. I am the most novice cook but love to grill and try new things on the grill. These came out so perfect. Marinaded them at lunch, so they were in for about 6 hours altogether. Actually forgot to put the lemon pepper in when I originally marinated them so the lemon pepper was only in for about 45 minutes, but still came out absolutely perfect. So juicy. Had pretty thick chops so did about 6.5 minutes on one side and 5.5 minutes on the other. I can't wait to make these again
very moist and I only marinated the chops for 1.5 hours! Even my 16 y.o. son loved it.
I am not usually a pork chop fan, but I must say these were very tasty! Even my very picky six year old ate everything on her plate. (Trust me that is a huge deal). I would definately make these again. Make sure to follow the grilling times. I slightly overcooked mine even though I pulled them when I was worried they would not be cooked all the way through. Thanks for the yummy recipe!
I just reset my Food.com account password just so I could log in to thank you for a great recipe, and to vouch for how good the pork turned out. Anyway, I followed the recipe, except we didn't have time to marinate (last-minute dinner, oopsies), so I just drizzled a bit of soy sauce on each side of the pork cutlets. I also added a dash of adobo seasoning, because why the heck not? :)
I'm not a fan of pork, but my family loved these and want me to make them again.
Haven't made in awhile. Fab flavor for such simple ingredients!! My "Pork Chop" recipe, and I usually don't make pork chops. Marinated for 8 hours.
A few easy ingredients, and big flavor. I like lemony meat, but I often get stuck with a too-tart result. Who knew that lemon pepper was the secret?! I broiled these, but look forward to grilling next time.
Had very little prep time available, so thought I would try this recipe. Marinated pork for only 1hr. Had to use Emeril's Essence since I had no lemon pepper seasoning, and it goes with everything, right? It was a hit in my home w/ very little marinating time. Will definitely use this recipe again w/ longer marinating time & lemon pepper seasoning. Thanks for the recipe!
These were wonderful. We served them as sandwiches and I couldn't believe how quickly they went.
Simple and awesome. Works for camping too.
Oh so yummy! I've made these at least 3 times -- I've gotten rave reviews every time! Delicious - thanks for this recipe!
AWESOME!! I served this at a church lunch for 75 people. I marinated them for 3 hours and added a little more garlic. Everyone loved them, and some said "these are the best pork chopes I've ever eaten!" I have always longed to fix grilled pork chops like the ones I used to get at my favorite restaurant, which has gone out of business. These tasted just like them--and I don't normally like lemon pepper seasoning. They were such a big hit, I'm planning to serve them at a banquet coming up for 500--they're so easy! Thanks for posting!!
Love it! We all agreed they were very good (including two kids ages five and eight.) I made this two nights ago and doubled it for two dinners. For the chops I put them in a Tupperware marinade container and stuck 'em in the fridge. I also did boneless skinless chicken breasts that were frozen in a Ziplock bag, I pulled it out of the freeze and poured the marinade over them, sealed it up and stuck them back in the fridge. I did the pork chops the first night and marinated for about two hours, then grilled outside. Yummy! The chicken was done last night on the grill and they were great! Not dry like bnls sknls breasts can be on the grill. I did use olive oil instead of vegetable because I buy it at Costco in the huge plastic jug, and I used about a tablespoon of the pre minced garlic in a jar (Costco again) and the full amount of lemon pepper is essential! DH would put lemon pepper on ice cream if he thought no one was looking, and he loved these. Maybe next time I will add a little lemon juice too just cause I love lemon and it is a natural tenderizer. Wonderful stuff!!!
This is a 10 star recipe. I made it as written and had them sit overnight. They were so moist and tasty. I can't wait to do them again. Thank you for the best way to grill pork chops.
Oh my..... wish I could give 10 stars. I always marinate over night, if possible. I think DH is getting sick of me always wanting to have these for dinner!
We enjoyed this recipe very easy and tasty. Of course the wind kept putting the fire out so we had to finish in the oven. It was very moist.Thank you!!!!!!!
I used pork tenderloin instead of pork chops. It turned out very good. It was one of the best grilled pork tenderloins we have ever had. Thanks!
I also say WOW!!!!! Made this last night, and my husband said t hey were the best pork chops we have ever had. And so easy! I couldn&#039;t find my lemon pepper, but used &quot;lemon herb&quot; seasoning, and added some seasoned pepper. I adjusted the recipe since we only had two large chops, and essentially halved it, but used 1 large and 1 small garlic cloves. Marinated for just the two hours and the chops were moist and delicious. I also thank the person who posted it!-
Excellent Today will be the 3rd time making them. I use low sodium soy sauce. @nd time a marinated over night and the soy sauce dominated. 2-4 hours I feel would be best.
These pork chops turned out juicy and had a wonderful flavor. I followed your directions exactly and wouldn't change a thing.
Will definately make these again. My family loved them. Thanks for the great recipe!
When I smelled the marinade I was pretty uncertain as to how these could be so wonderful. I didn't have lemon pepper seasoning, so I just used pepper and lemon juice. These were fantastic! They packed a lot of flavor and were very juicy; Almost tasted like a good steak, oddly enough.
Delicious!
These are fine, i wouldn't say they're the "best", quite a title for a rather basic dish. It's a quick easy marinade for rookie cooks - a good stand in if you're lacking ingredients to work with.
The chops look amazing, ive to try them, made me hungry, hhhmmmm
Simply put..........these were awesome!! By far the best pork chops we have ever had. Flavorful and moist!! Used bone in chops and marinated them for about two hours - used a little less oil and 1/2 tablespoon less of the lemon pepper seasoning. Definitely a keeper.
Amazingly delisious! I don't usually like my pork chops to be hidden in other flavors, I like them naked :) But this recipe is great, I will make them again for sure.
Very good, we all loved it! I grilled on the George Foreman.
I followed the recipe exactly and I thought it was okay. The chops were definitely more moist, but I just didn't think the flavor was amazing. So, I liked it, but probably won't try it again.
This simple marinade really is far more than the sum of its parts. I&#039;m usually more of a grilled steak person, but I don&#039;t miss the beef at all with this much flavor (especially when you get a chop with a bit of crispy fat around the edges, yum). This is my go-to grilled pork chop recipe.
We enjoyed this recipe. It was quick and easy to put together and tasted nice. Thanks!
I made these just as stated, but due to unforeseen circumstances marinated them for much longer than I meant to (3 days). My husband and I really, really liked them. Thanks, Kate!
My entire family loves this recipe. I marinated them over night. The chops came out moist and tender. Very good recipe. Thank you for sharing it.
These were very good. My only comment would be that the lemon pepper seasoning was a little strong for my taste so I may cut that in half next time.
I really had high hopes for this based on all the fantastic reviews. My hubby said it was really good, but I just thought it was 'eh'. I did add a touch of honey just to sweeten it up a bit. Overall, it was good, but I don't know if I'll make it again.
Answer to Janice C. I am retired from McCormick Spice Co. and I can tell you all Lemon Pepper Seasoning contains salt. Depending on the brand the salt can vary significantly. You might want to try low sodium soy sauce and decrease the amount of Lemon Pepper to 2 Tablespoons.
Wow! Absolutely fantastic! Wouldn't change a thing. Thanks so much Kate!
Excellent chops. Great grilling instructions as well.
This is worth every star available. 5 of 5. Flavors are great and this is so easy for any night of the week. Looking forward to this meal again!
Let me just begin by saying I HATE pork chops, and I ate two whole helpings the night we made these! I've never had pork so moist and flavorful! I didn't have lemon-pepper seasoning, so we used a garlic and herb grill seasoning, and it turned out wonderful! I'd never thought to marinate pork chops, but i KNOW we'll be having these again soon! Thanks for sharing!
really great, I'll probably brine the chops next time first to make them more moist. These were good as they are but I think that could make it better. I will definitely make these again.

Thanks!
This is a great marinade! I used it on chicken as well. It is really good for grilling skinless chicken because the marinade adds fat so the chicken doesn't burn. I think the next time I make it, though, I will reduce the amount of oil.
We decided we will cut down on the lemon pepper next time. We basted with the marinade once during cooking, which grilled some of the texture onto the chops. Looked nice!
I wish I could give this more then 5 stars! One of my biggest complaints with any kind of pork is that no matter what I seem to do it always ends up very dry. Not this time! The chops were tender and moist and absolutely delicious! Even my pickiest children ate them and raved! The only thing I tweaked was to add a bit more garlic due to our own personal tastes. I will definitely be using this recipe again and again!
I really liked the flavor of this. I did add a healthy splash of lemon juice and just a bit more garlic and was it ever good. I had thin chops and they stayed nice and moist during grilling. Thank you
Great flavor!! I really enjoyed these pork chops. I was surprised at how well the combination of ingredients went together, but I will be making this one again!!
I made these last night and they were wonderful !! I marinated for about 6 hours and then grilled as the directions called for ....yummy !! I will definitely make these again .... Maybe even on chicken. Great flavor.
Fabulous... I was so happy that I had everything on hand. These were delicious! I recommend the light soy sauce, I used regular (because that was all I had), it was a bit salty. I will definitely use this recipe again.
Made these last night and my 12 year old said, without me asking, These are Great!!!. So I will be making again. My husband loved them too. I doubled the garlic, as other people recommended. I used thick chops and they stayed moist. I used my grill pan on top of the stove, but will be trying outside in the summer. I marinated them for 6 hrs.
I also doubled the marinade(except the oil). These chops were flavorful and moist, not dry at all. The only set back was a slighty too salty taste. I think it was the lemon pepper I used, the second listed ingredient on the jar was salt. Marinated them for 2 hours, so easy to throw into a gallon zipper bag for a fast clean up. DH cooked them up on his George Foreman indoor grill. Served with steamed veggies, rice and applesauce. Thanks for posting, this goes into our family favorites cookbook.
Have made these several times. Sorry I didn't review earlier. I followed the directions exactly. The truly are the "Best Grilled Pork Chops"!

This was amazing! The only thing i did differently was add extra garlic. Marinated all day. Will make often
OUTSTANDING!!!!!! My whole family went nuts over these!! I would pay top dollar in a restaurant for a pork chop like this!
Great marinade! Chops were fantastic and not dry at all. The flavor was delicious! I let left them in the marinade only 2 hours but I think more time would have made them even more delicious if that is possible!! Thanks for sharing a great recipe!!!
I liked the flavor of this marinade, but thought the lemon pepper was too over-powering. I would like to make this again and might use only 1 tablespoon of the lemon pepper seasoning!
Great marinade! I always have these ingredients on hand so this will be a great last minute meal. Left these in the fridge a few hours to marinade and they were perfect!! Thanks!!
These were awesome! Made them for company with grilled asparagus(with olive oil, salt, pepper) and long grain rice. Be sure to watch the time, mine were five minutes on each side!
I never thought I could make grilled pork chops that weren't all dried out but these were so tender, juicy and so flavorful and I only had to marinate them for 2 hrs!
I used way more garlic and did this as a freezer cooking recipe. Mixed the marinade and froze in freezer bags with the air out. Had to give it 5 stars because it was SO easy to prepare and DH loved it.
My wife, who really didn't like pork chops (because nowadays they are too dry and tasteless)loved these!. I used the same recipe for a fresh ham, marinating for 24 hours. It was great! I think next time for a fresh ham, I will go 48 hours. Thanks Kate.
Thank you for posting this recipe. It has become the most requested pork recipe in the house. The recipe freezes beautifully and produces succulent results every time.
I rarely cook pork chps as they tend to sometimes be a little dry. This marinade produced the most moist and tender pork steaks ever!!. I was a little concerned with the 3 Tbsp of lemon pepper but needn't have been...it was spot on.
Thanks so much for sharing!!
I guess I expected something really out of this world from the great ratings. These were ok, but still dry. I'm still searching for a pork recipe that doesn't dry out the meat. I may try these again - maybe it was my execution.
You know I have most of the company's coming cookbooks and never use them! Silly me! Jean knows her stuff for sure. This is a wonderful marinade. I made as directed except doubled the garlic for our tastes. It didnt get the full two hours. My husband said he was in heaven when he pulled them off the BBQ, kept saying do you smell how good these are....oh they taste even better. This is a keeper for sure, it will be a must have for pork chops now. Thanks for posting the recipe for us who don't get our cookbooks out of the drawer since we discovered Zaar!
I have never wrote a review before, but I had to write 1 now. This is 1 of the best grilled chops I have ever made. I grill alot and this is great. Must try.
OH MY GOSH!!!!!! First, this was my first time making pork chops...EVER (and I am 30, crazy, right?). My mom always made them dry so I figured that is how they were. I doubled the marinade and made 7 large center cut chops (bone in). I only had 45 minutes to marinade them, I put them on the grill, and DANG...they were so moist, so soft, and the taste was amazing! Thought all that lemon pepper would over power it but it was perfect! Thought the soy sauce would over salt it, but that, too, was perfect. My hubby said I am to add this to my arsenal of food made often. Thank you so much for making my first pork chops ever a delight and so easy!
I fixed these last night and they were wonderful. My 14 year old son said he wanted them at least once a week and ate five pork chops. They were so juicy. Great recipe. Will serve this the next time I have company.
I used a Mccormick lemon & pepper seasoning and thought the lemon was just too overwhelming. The pork itself turned out very tender and would of been great if it didnt taste like a bunch of twang was put on it. Maybe I'll try a different lemon pepper seasoning next time
Been making pork chops using this receipe for awhile now and my family loves them. Tonight I'm using Kansas City pork chops that I let marinate overnight and as one user suggested I added honey to the mix. Just a side of applesauce and I'm a happy man
This was a wonderful recipe! It's easy, very tasty, and my kids really liked it. With the present cost of beef we are looking for new ways to cook chicken and pork. These grilled pork chops fit the bill. THANKS!
I followed the recipe exactly and it turned out great...truly they are the %u201CBest Grilled Pork Chops%u201D. Thanks for sharing.
The flavor combination of the Soy Sauce and Lem/Pep seasoning was interesting, but it was a bit too salty in my opinion. I think I'll try the dish again with less Soy Sauce and more Lem/Pep seasoning. I did however use the sauce on grilled potatoes and loved it!
This was a great and super easy marinade. The chops looked incredible right off the bbq. Loved the flavour, will be using again for sure!
I love this recipe! I made these for my sister and her family who are not Pork chop fans (but I am so I always try and change there mind) and now they can't stop asking for them, I marinated them for a couple of hours and followed the directions exactly. Wow they were so moist! I used bone in thin cut chops you really just wanted to suck the bone haha! Thank you so much for sharing.
I made these last night for my husband and 4 kids and got RAVE REVIEWS! My husband said they were the best pork chops he's ever had! And my kids, who all thought they didn't like pork chops, were chewing the bones. My oldest boy even had 2. I didn't have lemon pepper, so I used the juice of one lemon and just added pepper. I wish i could say more on the taste, but I'm a vegetarian and didn't really experience it first hand. But i heard ALL NIGHT about how amazing they tasted! Thanks for a GREAT recipe!!!
This was awesome, however I did not have regular oil on hand (I ran out) I did add 1/2 cup of sesame oil in place, what a wondeful flavor, I can not wait to use this on other meats.
I let them marinate all day. They were very good. Will make them again.
Whole family enjoyed these A+
Excellent! This will definitely be made again, and often!
Great pork chops! I marinated 2 thick-cut chops in half of this recipe for about a day and a half. We grilled them, and even had to throw them back on the grill a few times, and they were still very juicy! We will be making these again! Thank you!
Fantastic Glaze. Followed the recipe to the T and the family loved it.
I usually marinade things longer than called for, but this one was perfect after only a couple hours. Even the picky husband liked this!
Rated a 10-plus in this family, along with a request to make again soon.
Easy and fantastic flavor! This is how I will be grilling my pork chops from now on. I thought the lemon pepper would over power this and it didn't I thought it gave it great flavor. Thanks for a great recipe!
I made this recipe with home grown pork chops. I usually don't care for chops because they are so dry. This marinade and cooking method was spot on and delicious! Juicy and flavorful! I didn't have lemon pepper so I did a DIY with the zest of 1 lemon. This is my new go-to recipe for pork chops.
Excellent marinade for all pork.
WOW is right!!!...These were reallllly goooood!!!! I had only bought 4 chops, figuring my 2 pickiest wouldn&#039;t eat them....well next time it&#039;s 6 chops!!! Everyone LOVED them!!! I marinated them for a little over 3 hours and was very tasty!!! Totally recommend trying this recipe!!
Hey guys / gals... I made this recipe tonight... I was going to BBQ my chops, but the rain forced me to BROIL them indoors. They were AMAZING! The only addition I made to this recipe was that I added about 1/2 cup of HONEY to the marinade. DELISH! Thank you!
We love this recipe! The only way we make pork chops anymore. No more chewing for hours. Perfectly tender. Love it!
WOW!!!!! These are soooooo good! I only let them marinate for 2 hours and they were great. I would, however, marinate them for longer as the flavour would be better. I took one of the other reviewers advice and cut back on the oil. As well, I added one more garlic clove (love garlic!)
Thanks for posting this, I will definately make this again!!!
Delicious and so easy to prepare!
Ive been making this for about a year now. We love it, it is by far our favorite marinade. We have also used it on chicken and beef and it is just as good.
Just tried these last night, and they are excellent. I too cut down on the oil, so they turned out wonderfully. Thanks for sharing
I doubled the garlic and cut back on the vegetable oil per some other reviews. I thought this was good, but not knock your socks off good like some other reviews made it out to be. It was easy to put together the marinade. I let it sit for 3-4 hours before we grilled it. The DBF said it was good.. so I'll make it again in the future. Thanks for posting.
Yum, yum, yum! I made this exactly as posted, except that I didn't have 2 hours to marinade so they only marinaded for an hour and a half. I was very worried about the amount of lemon pepper seasoning, but it turned out to be perfect! This was fast and easy and tasted great. We grilled them on our indoor grill and this was fantastic! Thanks for the recipe.
We really enjoyed this recipe. The only thing I did different was add 1 extra clove of garlic (we love garlic) and some grated fresh ginger. They were juicy and so tender. I will difinitely make these again.

Great recipe - even 2 yr old loved them. I used olive oil and didn't have dry lemon seasoning so used a combo of lemon and lime juice. Marinated for about 8 hours - came out tender , juicy and delicious!!! YUM - thx for the recipe!
Darn good grilled pork chops. As some other reviews stated, I may reduce the oil next time I make this. The lemon pepper seasoning is the key to this, I think. My pork chop loving husband loved this and it looks like I'll no longer have to eat his burned up, dried out chops. Thanks Kate for a real good recipe.
i doubled the recipe but only put 1/4 cup of oil. marinated it overnight and it came out super flavorful. will definately make again. thanks!
These were pretty good, I used olive oil instead of the veg oil. I think I will cut back on the lemon pepper next time, it isn't my favorite seasoning. They were nice a tender and not at all dried out which is a huge plus. I will make these again I am sure, thanks for a good recipe Kate!
Great marinade. I had to broil them since I am out of town and am not able to use a grill. They still turned out moist and delicious. I would use this recipe again.
These were very tasty and moist. The lemon pepper I used was a tad overpowering so I would cut back on that next time. I think the marinade would be fine with less oil too.
Great recipe! I have used a number of different ways to cook pork chops and this is by far on the top of them! great flovor and extremely juicy. I actually marinaded the pork chops for two days. definately the longer the better!! I will be making this again next week!! Thanks!
Best marinade Ever! My husband loved it. Thanks
They were the best pork chops my husband has ever eaten. Will make again. Thanks so much for sharing this recipe!
I have this same recipe here (also slightly adapted), only I have it under venison marinade. I love this recipe and it's pretty much the only one I ever use for grilled pork or venison. I'm glad to see lots of other people are enjoying it too.
This was good and we will use this recipe again. I love grilled chops and your marinade was the perfect flavoring for them. Thank you for a great chop recipe....Stephanie
This recipe is amazing! We only had about 1 1/2 hrs to marinate and it still turned out awesome. So tender and flavorful! Thanks for a keeper :)
Excellent flavor. I only marinaded mine for 2 hrs and thought that was plenty. Thanks for posting such a tasty recipe.
These are perfect on my indoor grill.They have just the right amount of flovour with the lemon pepper seasoning.I halved the ingredients to make it for 2 servings.
I marinaded the porkchops for a whole day. My grandpa loved these pork-chops and said they were one of the best hes had, and he knows his chops! I added honey to my marinade i think it adds extra flavor, makes them even better. Good find!
Very tasty! Marinated for about 8 hours, very good.
Normally I make a recipe exactly as written the first time. Unfortunately I didn't have any lemon pepper seasoning so I substituted with lemon olive oil and lots of fresh ground pepper. I had four pork chops so reduced the ingredient quantity accordingly. These were the best chops I've ever made in 52 years of marriage. I will be buying lemon pepper seasoning so I can make these again and again. Thanks Kate in Ontario !!
Oh my goodness... these were GREAT! My 7 year old took one bite and said, &quot;Wow! Can you make these again??&quot; Yes!! All three of my kids cleaned their plates! Thanks for the great recipe!
I've made these 3 or 4 times already and have had great results each time. I haven't always had the full 2 hours to marinate but they still come out tasty and tender with just the right amount of seasoning. Delish!
I was a little disappointed with this, especially given all the great reviews. I marinated the chops overnight, but the flavor just wasn't as great as I expected.
These are NOT the "best grilled pork chops", they are the "best grilled pork chops-EVER." I really can't give this recipe enough stars, it's honestly restaurant quality. The chops were tender and juicy and absolutely bursting with flavorful (not a phrase I use often lol). I only made a few personal preference changes: added an extra garlic clove and used olive oil instead of vegetable. I did poke holes in the chops with a tenderizer "fork." Then, I dumped the chops into a bag with all the ingredients and let it sit in the fridge for about 7 or 8 hours. Grilled em for the suggested 15 minutes and they were perfect. If you're on the fence about trying this recipe, do yourself a favor and try it!
This is my all time recipe for grill pork chops. Even my picky BIL ate 4 chops the first time I made it. My whole family LOVES it. It taste better the next day..yummy..
This is the only way I will eat pork! Awesome!
Loved the flavor but found it salty. I ended up adding marinade time to the suggested and put it together first thing in the morning, doubled the recipe and left it until grill at 6 pm. This was obviously too long a time to allow the flavor to seep in! I will still keep the same ingredients except lower the lemon pepper salt and see what happens. I still gave it 5 stars because it was really very tender and delicious!
Awesome! They did come out so nice and tender, marinated them longer than 2 hours, used no water and used more garlic, definitely a keeper!
Awesome marinade, made the pork chops nice and juicy and not dry one bit! I am sure we will use this again and again!
Awesome, tender pork chops that I will have often!
The whole family loved this porkchop recipe! I marinated the meat all day so it got a bit of a brined texture but I think that's what kept the chops so moist. Only alteration was to decrease the amount of oil in the marinade.
Excellent and easy! These were the best pork chops we've ever had. A five star keeper recipe that I know I will be asked for again and again. Thank you so much for sharing!
I have made this too many times to count. I have used fresh and powdered garlic. Marinated it from two hours to a couple of days. Always turns out excellent. I have even frozen the chops in the marinade. This is our favorite way to make chops. Thank you for the great recipe. Rita
Fantastic marinade! My family loved it! I added extra garlic and used my vacuum sealer to speed it up. Served it with Spicy Sweet Potatoes (recipe #37106) and Grilled Asparagus with lemon and garlic (recipe #159912) for an out of this world dinner.
These were great! I didnt have lemon pepper seasoning so I used lemon juice and black pepper and let them marinate for over 24 hours before cooking them on the George Foreman. The were outstanding! Cant wait until summer to try them on the barbecue grill. Thanks for the recipe!
I was marinating for 2 days. For me the pepper did overpower the chops but my partner said they were just perfect and he wouldn't change a thing. I think it's one of the best marinades for pork. Thank you for posting it.
My husband and son loved these, and they are both picky eaters! They raved on about them. Definitely a keeper in our house!
I tried this recipe on my first attempt at grilling pork chops. I enjoyed the combination of flavors and will definitely make it again! Thank you!!
This was amazing!!Very moist and flavorful.
We thought these pork chops tasted fantastic. The recipe is super easy and I always have all the ingredients on hand. I served them with buttered egg noodles and roasted veggies (zucchini, summer squash, mushrooms and onion) YUMMY!!
These pork chops are incredible! Two hours after dinner, my family was still walking around in a trance asking if I was sure there were no more pork chops! The only changes I made were I used about half the oil because it's all I had left and I forgot to put the lemon pepper into the marinade and simply sprinkled it directly onto the chops while grilling. Fantastic smell while grilling and the taste was even better. This is a recipe that will be made over and over in my house! Thank you for sharing!
This was good but ended up too salty for my taste but that is because I used regular soy sauce as that's all I had. My husband who love salt thought it was great!
This was spot on. I am not the best cook but, this recipe gave me a confidence boost. Thanks it lives up to its name.
I left them to marinate overnight. Fanastic! I usually end up with dry porkchops but these were the best I have had. Thank you!!
I suibstituted the lemon pepper for about 2T. of lemon juice and let it soak onvernight. Amazing! The chops were the "good kind" - nearly 2" thick - and this was the pefect way to give them flavor all the way through. Terrific!
This was our Labor Day cookout recipe today. I made exactly as directed, but used 8 chops instead of 6. They were about 1" thick and took about 5 minutes per side on a medium-heated grill. The flavor was outstanding!!! It was a nice compliment to the meat without overpowering it. My 5.5 year old ate 1 and 1/2. He kept saying, "you GOTTA try the pork chops" to everyone. This will be a staple!!!
Love this recipe! The lemon pepper adds a little zing and the chops come out moist and tender! perfect all the time thanks for a great recipe.
Very tasty
I made this last night and it was absolutely wonderful!! The flavors and the tenderness were spot on! I tend to overcook pork because I'm afraid it won't be done. But this time I said i'm gonna be confident and follow the recipe exactly. And I did! I followed grilling times for chops 3/4" or thinner. So I grilled 6 minutes each side. Even though you said 1-2 mins. less for side 2, I still did for same amount of time as side one. Anyway, my husband said I finally got it so right, that I could even sell these pork chops!! LOL! I followed ingredients exactly. Marinated for 2 hours, charcoal grill. I used 6 center cut bone-in. It was also the first time I used the Lemon Pepper seasoning. Again, the chops were lip smacking fantastic! We had corn-on-the-cob and parmasean noodles with it. Thank you for posting!!
This is differently a high 5 recipe! Loved it! I also let the pork chops marinade for several hours. The pork chops came out so tender and juicy. THanks for sharning a great recipe. Its differently a keeper!
Prior to using this recipe, I had only made pork chops one time (in the oven). They were tough, dry, and I said I was gracefully bowing out after that. My future MIL brought my fiance and I some big, bone-in chops, though, and I had to come out of pork-cooking retirement. Thank goodness I did!!! This recipe was spot-on, both with the grill times as well as the marinade. My fiance raved about them and I will definitely be adding this recipe to my favorites!
Perfection! I made mine in the oven under the broiler with broccoli and carrots on the side. My husband said the pork chops were "off the hook". lol This one will be one I'll pass on to my kids one day! Thanks for sharing, Kate in Ontario! ***Making these again tonight and I am so excited! I'm making them in the oven again. Almost afraid to make them any other way since it was so good broiled!
Five stars all the way! Husband loved them. I don&#039;t even like pork chops generally but enjoyed these. Moist and flavorful. Have added to the repertoire.
WOW!!! That's what my husband kept saying after each bite. I marinated the chops for about 5 hours and put in a tad bit more garlic. I also grilled them on a grill pan on top of the stove for 7 minutes on one side and 6 minutes on the other (our gas BBQ ran out of gas). The chops were very moist and tasted fantastic. We can't wait for leftovers tomorrow!
Made these last night and they were delicious! I've only had one other grilled pork chop marinade that I liked better and I can't find it anymore. This recipe is now my go to for chops! Thanks for the share!
Easy and delicious! We will definitely be making this again soon!
I agree with everyone else, these are excellent pork chops! I let mine marinade for 5 hours, they grilled up tender and full of flavor!
Truely these are super - The picture says it all - I marinated them for about 3 hours. They BBQ perfectly This is a do again recipe - can 27 reviews be wrong? Thanks Kate in Ontario for an easy excellent recipe
Delicious marinade! I added some extra seasonings and Adolf's meat tenderizer since I couldn't marinade as long as I would have liked.

I grilled my chops for 10 minutes over a medium flame. My husband was in heaven!
I tried these tonight after marinating them for about 8 hours. I changed the recipe because I was only cooking 2 pork chops. I also used olive oil instead of vegetable oil, and garlic powder instead of cloves, because I didn't have any. It still turned out excellent, however next time I will add more garlic then I did. Thanks for a great recipe.
Fantastic! The name says it all these really are the best pork chops ever. So tender and delicious. Thanks for posting!
These were the most flavorful pork chops we have ever had!! We served this to company and everyone raved about it! We will be making this again... and again... and again!!
This marinade was soooo good! The flavor was awesome - I never would have thought of soy sauce & lemon pepper for pork chops. We had a pork loin cut into chops and marinated some of them for about an hour. My grill master drizzeled marinade on them while they cooked too. I am sharing this one with friends & family!!
Awesome taste, easy to prepare. I let them marinate a lot longer than stated, I cut back on the oil and added more garlic. This was great! Thanks!
sorry to give such a low review, but this had too much pepper in it. The kids wouldn't eat it and my husband and I didn't care for it either. I threw out the leftovers. I thought 3 tablespoons sounded like a lot of seasoning.
Amazing!! And...amazingly easy. Absolutely hands down BEST grilled pork chop recipe EVER!!!
Moistest, most flavorful pork chops. Never a pork chop fan until this recipe. Put the chops in the marinade before you leave for the day and all you have to do is throw them on the girll when you get home.
I've been making my pork chops with this marinade for a long time. I'm glad you posted this! Absolutely the best way to have a pork chop cooked on the grill - I can't eat them prepared any other way - and enjoy them as much as I do this one!
